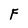
Character: F